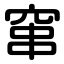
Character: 窜